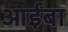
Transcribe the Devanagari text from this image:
आईबा